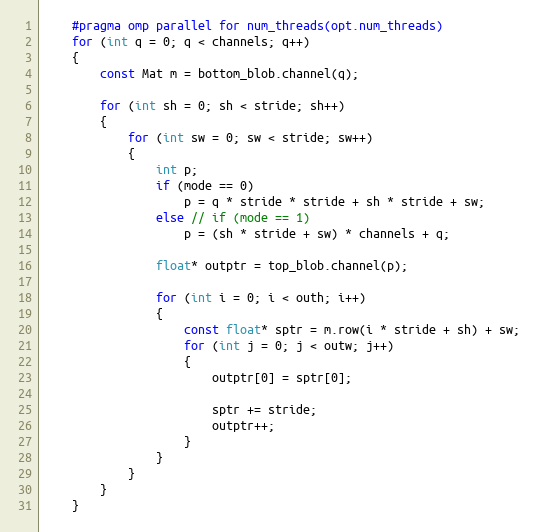
Language: C++
    #pragma omp parallel for num_threads(opt.num_threads)
    for (int q = 0; q < channels; q++)
    {
        const Mat m = bottom_blob.channel(q);

        for (int sh = 0; sh < stride; sh++)
        {
            for (int sw = 0; sw < stride; sw++)
            {
                int p;
                if (mode == 0)
                    p = q * stride * stride + sh * stride + sw;
                else // if (mode == 1)
                    p = (sh * stride + sw) * channels + q;

                float* outptr = top_blob.channel(p);

                for (int i = 0; i < outh; i++)
                {
                    const float* sptr = m.row(i * stride + sh) + sw;
                    for (int j = 0; j < outw; j++)
                    {
                        outptr[0] = sptr[0];

                        sptr += stride;
                        outptr++;
                    }
                }
            }
        }
    }